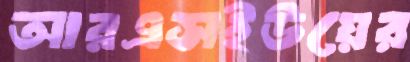
আরএসইউয়ের